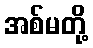
အစ်မတို့